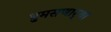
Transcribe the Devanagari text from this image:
धुमसणार्‍या